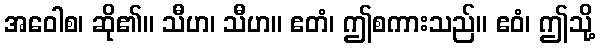
အဝေါစ၊ ဆို၏။ သီဟ၊ သီဟ။ ဧတံ၊ ဤစကားသည်။ ဧဝံ၊ ဤသို့